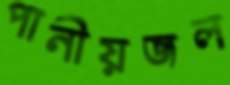
পানীয়জল